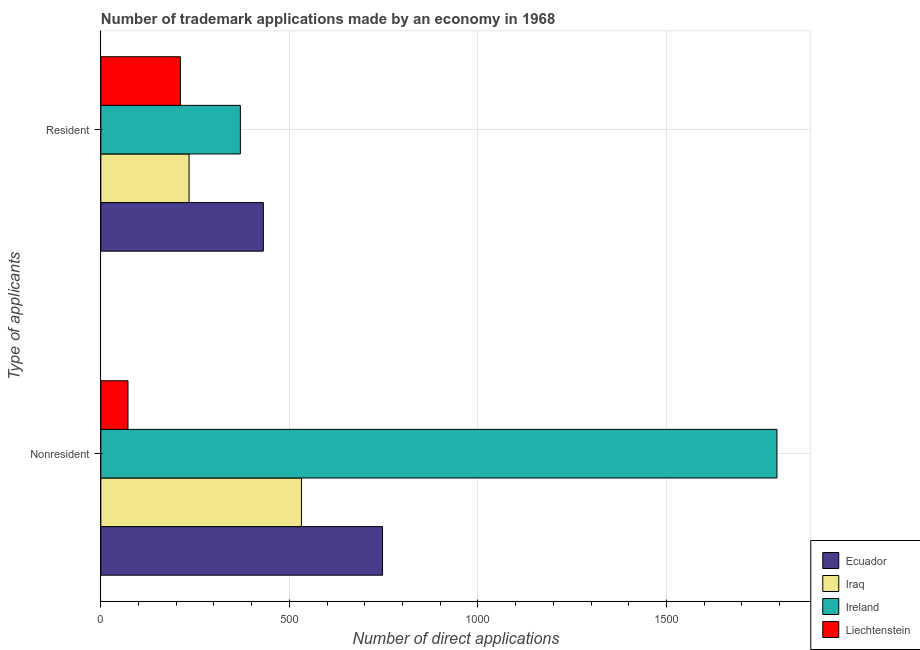
| Type of applicants | Ecuador | Iraq | Ireland | Liechtenstein |
 | --- | --- | --- | --- | --- |
 | Nonresident | 747 | 532 | 1.79e+03 | 72 |
 | Resident | 431 | 234 | 370 | 211 |